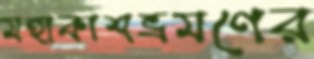
মহাকাশভ্রমণের